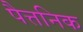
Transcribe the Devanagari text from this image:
पैत्तनिक